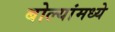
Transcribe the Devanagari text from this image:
बोल्यांमध्ये